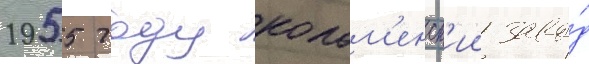
1955 году колом'енск'ии заво́д